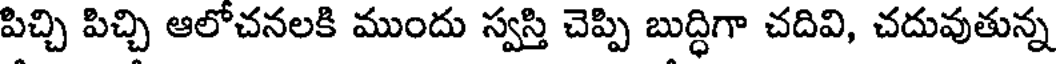
పిచ్చి పిచ్చి ఆలోచనలకి ముందు స్వస్తి చెప్పి బుద్ధిగా చదివి, చదువుతున్న